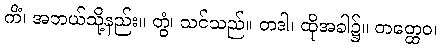
ကိံ၊ အဘယ်သို့နည်း။ တွံ၊ သင်သည်။ တဒါ၊ ထိုအခါ၌။ တတ္ထေဝ၊